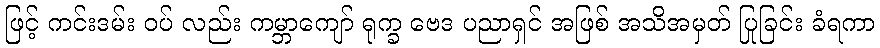
ဖြင့် ကင်းဒမ်း ဝပ် လည်း ကမ္ဘာကျော် ရုက္ခ ဗေဒ ပညာရှင် အဖြစ် အသိအမှတ် ပြုခြင်း ခံရကာ